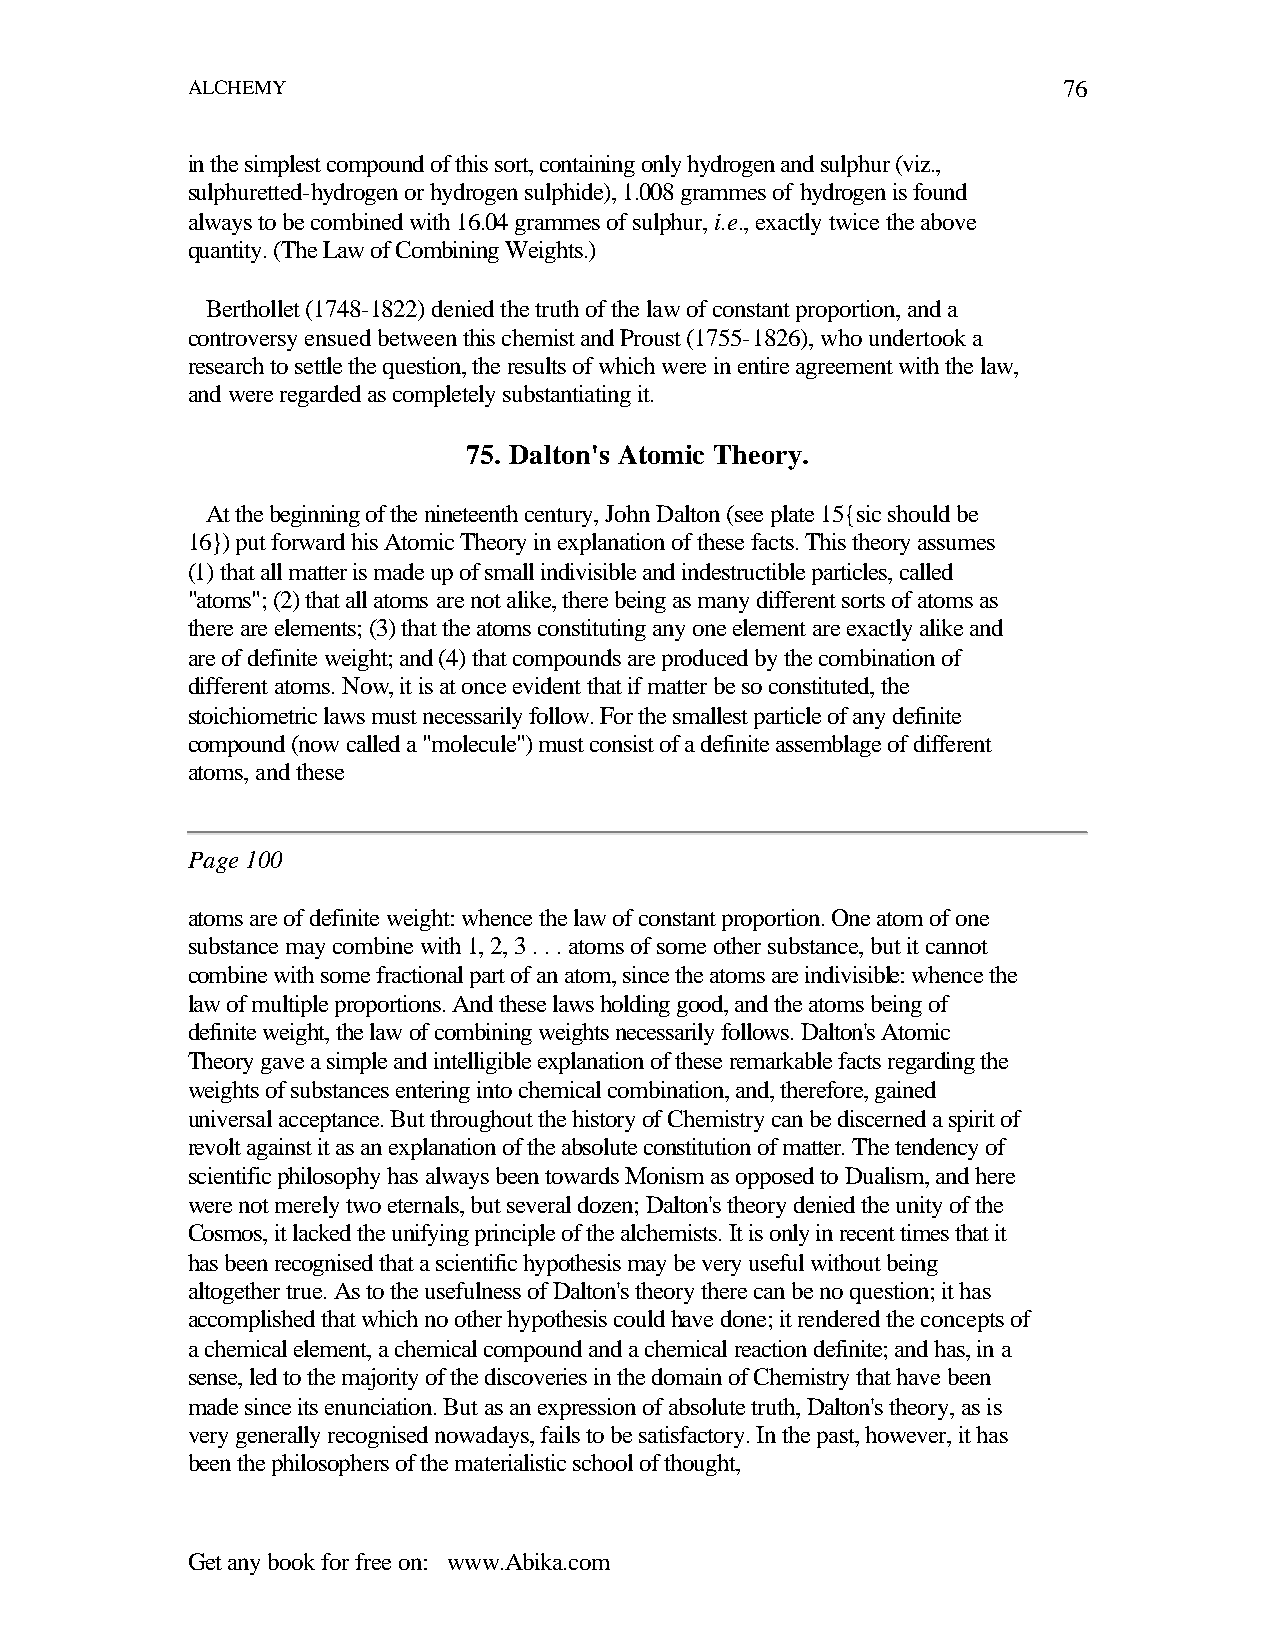
ALCHEMY                                                   76
 in the simplest compound of this sort, containing only hydrogen and sulphur (viz.,
 sulphuretted-hydrogen or hydrogen sulphide), 1.008 grammes of hydrogen is found
 always to be combined with 16.04 grammes of sulphur, i.e., exactly twice the above
 quantity. (The Law of Combining Weights.)
 Berthollet (1748-1822) denied the truth of the law of constant proportion, and a
 controversy ensued between this chemist and Proust (1755-1826), who undertook a
 research to settle the question, the results of which were in entire agreement with the law,
 and were regarded as completely substantiating it.
 75. Dalton's Atomic Theory.
 At the beginning of the nineteenth century, John Dalton (see plate 15{sic should be
 16}) put forward his Atomic Theory in explanation of these facts. This theory assumes
 (1) that all matter is made up of small indivisible and indestructible particles, called
 "atoms"; (2) that all atoms are not alike, there being as many different sorts of atoms as
 there are elements; (3) that the atoms constituting any one element are exactly alike and
 are of definite weight; and (4) that compounds are produced by the combination of
 different atoms. Now, it is at once evident that if matter be so constituted, the
 stoichiometric laws must necessarily follow. For the smallest particle of any definite
 compound (now called a "molecule") must consist of a definite assemblage of different
 atoms, and these
 Page 100
 atoms are of definite weight: whence the law of constant proportion. One atom of one
 substance may combine with 1, 2, 3 . . . atoms of some other substance, but it cannot
 combine with some fractional part of an atom, since the atoms are indivisible: whence the
 law of multiple proportions. And these laws holding good, and the atoms being of
 definite weight, the law of combining weights necessarily follows. Dalton's Atomic
 Theory gave a simple and intelligible explanation of these remarkable facts regarding the
 weights of substances entering into chemical combination, and, therefore, gained
 universal acceptance. But throughout the history of Chemistry can be discerned a spirit of
 revolt against it as an explanation of the absolute constitution of matter. The tendency of
 scientific philosophy has always been towards Monism as opposed to Dualism, and here
 were not merely two eternals, but several dozen; Dalton's theory denied the unity of the
 Cosmos, it lacked the unifying principle of the alchemists. It is only in recent times that it
 has been recognised that a scientific hypothesis may be very useful without being
 altogether true. As to the usefulness of Dalton's theory there can be no question; it has
 accomplished that which no other hypothesis could have done; it rendered the concepts of
 a chemical element, a chemical compound and a chemical reaction definite; and has, in a
 sense, led to the majority of the discoveries in the domain of Chemistry that have been
 made since its enunciation. But as an expression of absolute truth, Dalton's theory, as is
 very generally recognised nowadays, fails to be satisfactory. In the past, however, it has
 been the philosophers of the materialistic school of thought,
 Get any book for free on: www.Abika.com